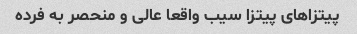
پیتزاهای پیتزا سیب واقعا عالی و منحصر به فرده